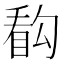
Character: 𰥰